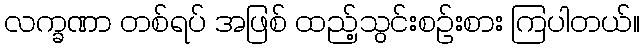
လက္ခဏာ တစ်ရပ် အဖြစ် ထည့်သွင်းစဉ်းစား ကြပါတယ်။